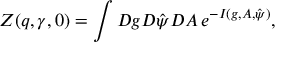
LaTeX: Z ( q , \gamma , 0 ) = \int { \cal D } g { \cal D } { \hat { \psi } } { \cal D } A \, e ^ { - I ( g , A , { \hat { \psi } } ) } ,